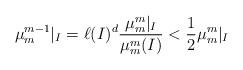
LaTeX: \begin{align*}\mu_{m}^{m-1}|_{I}= \ell(I)^{d} \frac{\mu_{m}^{m}|_{I}}{\mu_{m}^{m}(I)}<\frac{1}{2}\mu_{m}^{m}|_{I}\end{align*}